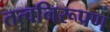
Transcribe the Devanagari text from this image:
तत्वनिरूपण